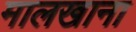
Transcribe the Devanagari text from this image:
मालखाना